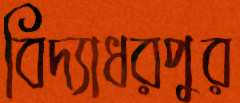
বিদ্যাধরপুর